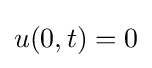
u(0,t)=0